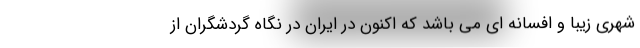
شهری زیبا و افسانه ای می باشد که اکنون در ایران در نگاه گردشگران از